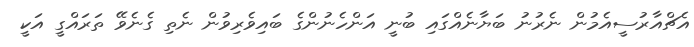
އެޗްއާރުސީއެމުން ނެރުނު ބަޔާނެއްގައި ބުނީ އަންހެނުންގެ ބައިވެރިވުން ނެތި ގެނެވޭ ތަރައްގީ އަކީ